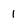
Character: 1